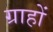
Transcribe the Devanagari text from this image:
ग्राहों